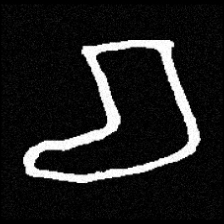
Pyu character \u2014 Myanmar letter: စ (romanized: ca)